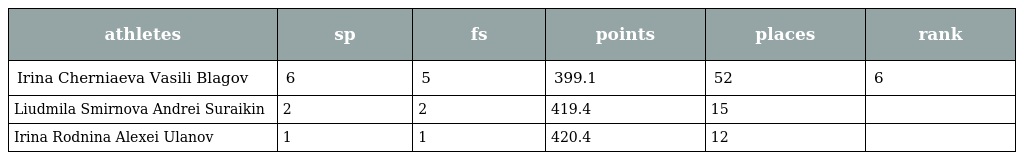
| athletes | sp | fs | points | places | rank |
 | --- | --- | --- | --- | --- | --- |
 | Irina Cherniaeva Vasili Blagov | 6 | 5 | 399.1 | 52 | 6 |
 | Liudmila Smirnova Andrei Suraikin | 2 | 2 | 419.4 | 15 |  |
 | Irina Rodnina Alexei Ulanov | 1 | 1 | 420.4 | 12 |  |